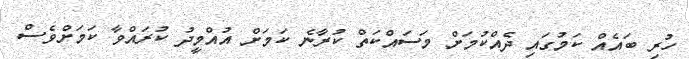
ހުރި ބައެއް ކަމުގައި ދެއްކުމަށް މަސައްކަތް ކުރާނެ ކަމަށް އުއްމީދު ކުރައްވާ ކަމަށްވެސް